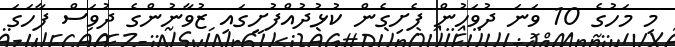
މި މަހުގެ 10 ވަނަ ދުވަހުން ފެށިގެން ކުޅުދުއްފުށީގައި ޒުވާނުންގެ ދުވަސް ފާހަގަ